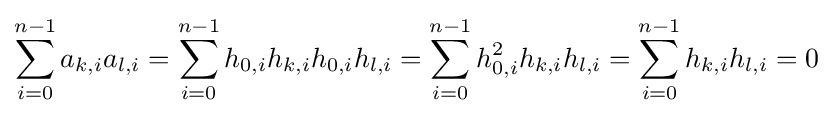
\sum _{i=0}^{n-1}a_{k,i}a_{l,i}=\sum _{i=0}^{n-1}h_{0,i}h_{k,i}h_{0,i}h_{l,i}=\sum _{i=0}^{n-1}h_{0,i}^{2}h_{k,i}h_{l,i}=\sum _{i=0}^{n-1}h_{k,i}h_{l,i}=0